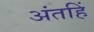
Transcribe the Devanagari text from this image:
अंतहिं